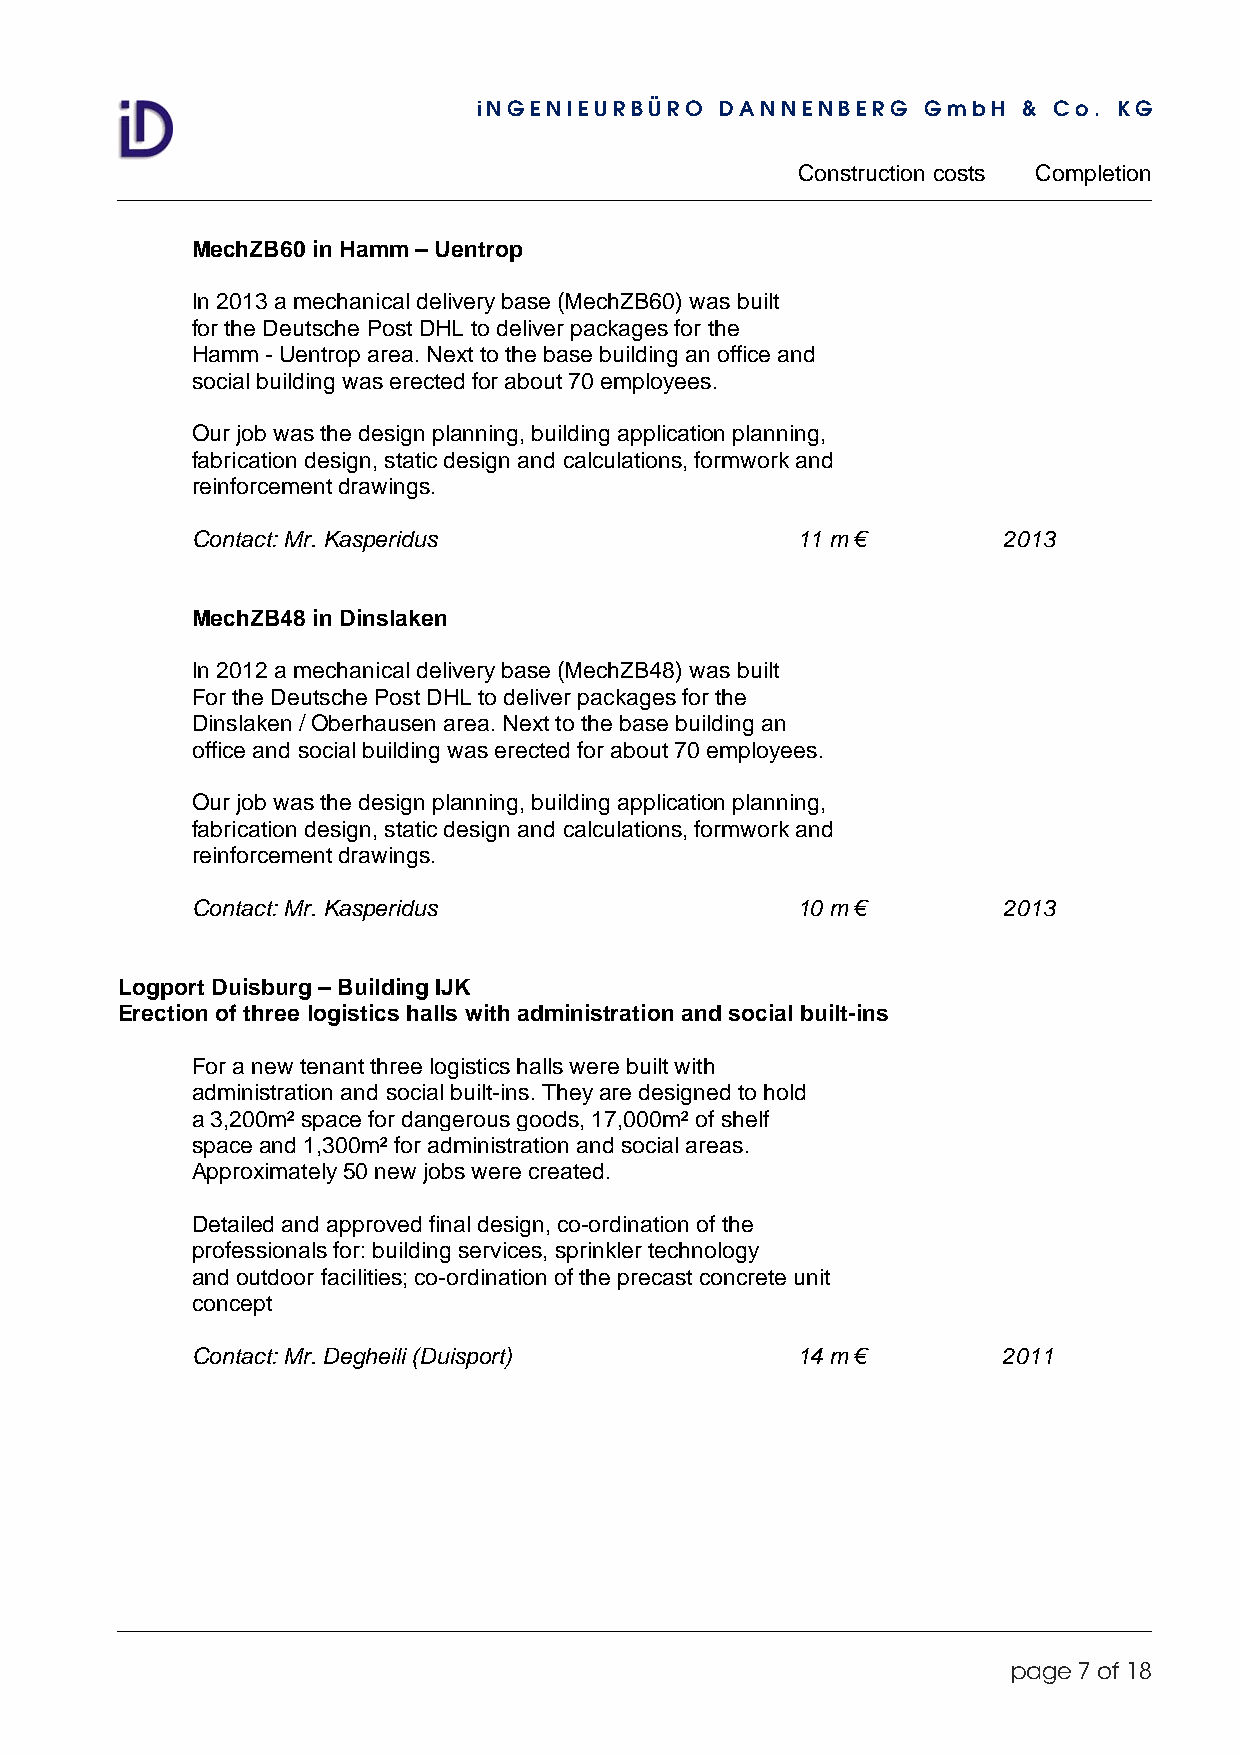
iNGENIEURBÜRO   DANNENBERG   GmbH   & Co. KG
 Construction costs Completion
 MechZB60 in Hamm – Uentrop
 In 2013 a mechanical delivery base (MechZB60) was built
 for the Deutsche Post DHL to deliver packages for the
 Hamm - Uentrop area. Next to the base building an office and
 social building was erected for about 70 employees.
 Our job was the design planning, building application planning,
 fabrication design, static design and calculations, formwork and
 reinforcement drawings.
 Contact: Mr. Kasperidus                 11 m €       2013
 MechZB48 in Dinslaken
 In 2012 a mechanical delivery base (MechZB48) was built
 For the Deutsche Post DHL to deliver packages for the
 Dinslaken / Oberhausen area. Next to the base building an
 office and social building was erected for about 70 employees.
 Our job was the design planning, building application planning,
 fabrication design, static design and calculations, formwork and
 reinforcement drawings.
 Contact: Mr. Kasperidus                 10 m €       2013
 Logport Duisburg – Building IJK
 Erection of three logistics halls with administration and social built-ins
 For a new tenant three logistics halls were built with
 administration and social built-ins. They are designed to hold
 a 3,200m² space for dangerous goods, 17,000m² of shelf
 space and 1,300m² for administration and social areas.
 Approximately 50 new jobs were created.
 Detailed and approved final design, co-ordination of the
 professionals for: building services, sprinkler technology
 and outdoor facilities; co-ordination of the precast concrete unit
 concept
 Contact: Mr. Degheili (Duisport)        14 m €       2011
 page 7 of 18